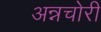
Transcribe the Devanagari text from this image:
अन्नचोरी